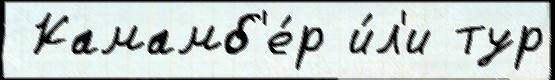
 Камамб'е́р и́л'и тур